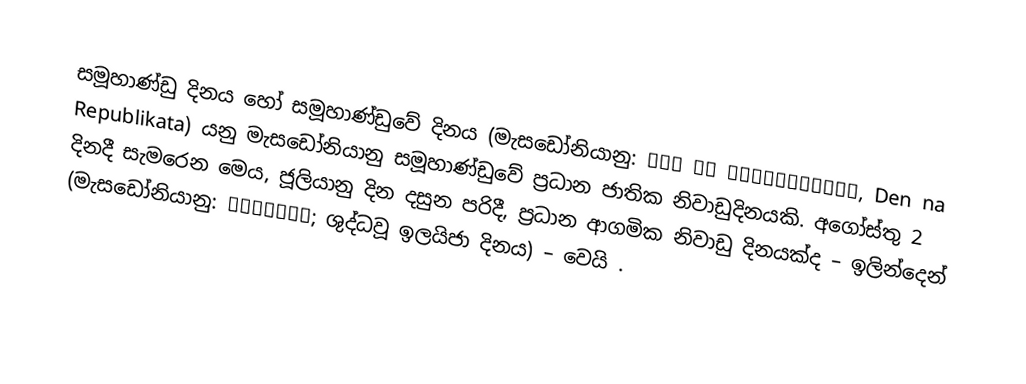
සමූහාණ්ඩු දිනය හෝ සමූහාණ්ඩුවේ දිනය (මැසඩෝනියානු: Ден на Републиката, Den na Republikata) යනු  මැසඩෝනියානු සමූහාණ්ඩුවේ ප්‍රධාන ජාතික නිවාඩුදිනයකි. අගෝස්තු  2 දිනදී සැමරෙන මෙය, ජූලියානු දින දසුන පරිදී, ප්‍රධාන ආගමික නිවාඩු දිනයක්ද – ඉලින්දෙන් (මැසඩෝනියානු: Илинден; ශුද්ධවූ ඉලයිජා දිනය)  –  වෙයි .